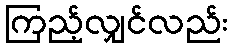
ကြည့်လျှင်လည်း